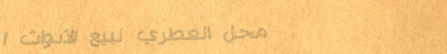
محل العطري لبيع الأدوات ا